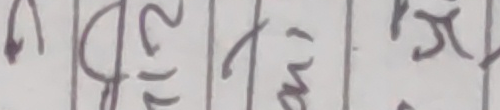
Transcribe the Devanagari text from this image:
२) ले